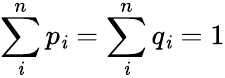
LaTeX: \sum_{\mathit{i}}^{n}p_{\mathit{i}}=\sum_{\mathit{i}}^{n}q_{\mathit{i}}=1